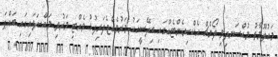
މައުލޫމާތު މުއްސަނދިވި ލޯންޗް އެކްސިޑެންޓެއްގައިި ބިދޭސީއަކު މަރުވެއްޖެދަރިފުޅު ވެއްޓި މަރުވި މައްސަލައިގައި ބައްޕަ